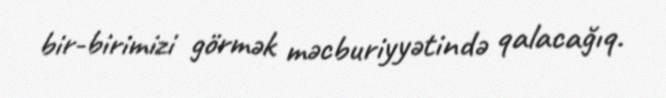
bir-birimizi görmək məcburiyyətində qalacağıq.